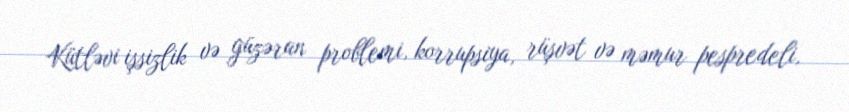
Kütləvi işsizlik və güzəran problemi, korrupsiya, rüşvət və məmur pespredeli,